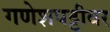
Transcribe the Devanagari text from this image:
गणेशपट्टीवर